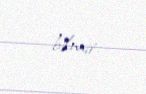
bilmir.